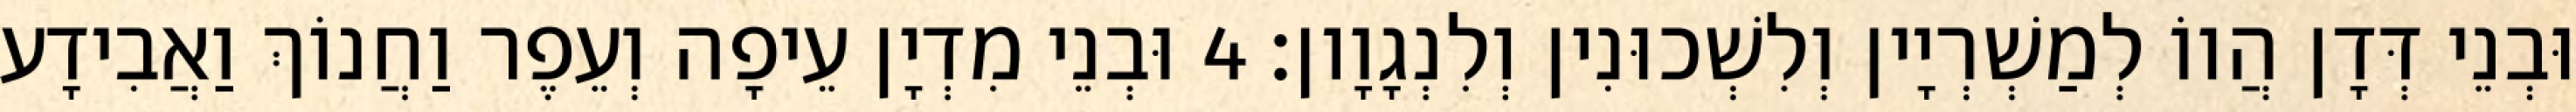
וּבְנֵי דְּדָן הֲווֹ לְמַשְׁרְיָין וְלִשְׁכוּנִין וְלִנְגָוָון׃ 4 וּבְנֵי מִדְיָן עֵיפָה וְעֵפֶר וַחֲנוֹךְ וַאֲבִידָע